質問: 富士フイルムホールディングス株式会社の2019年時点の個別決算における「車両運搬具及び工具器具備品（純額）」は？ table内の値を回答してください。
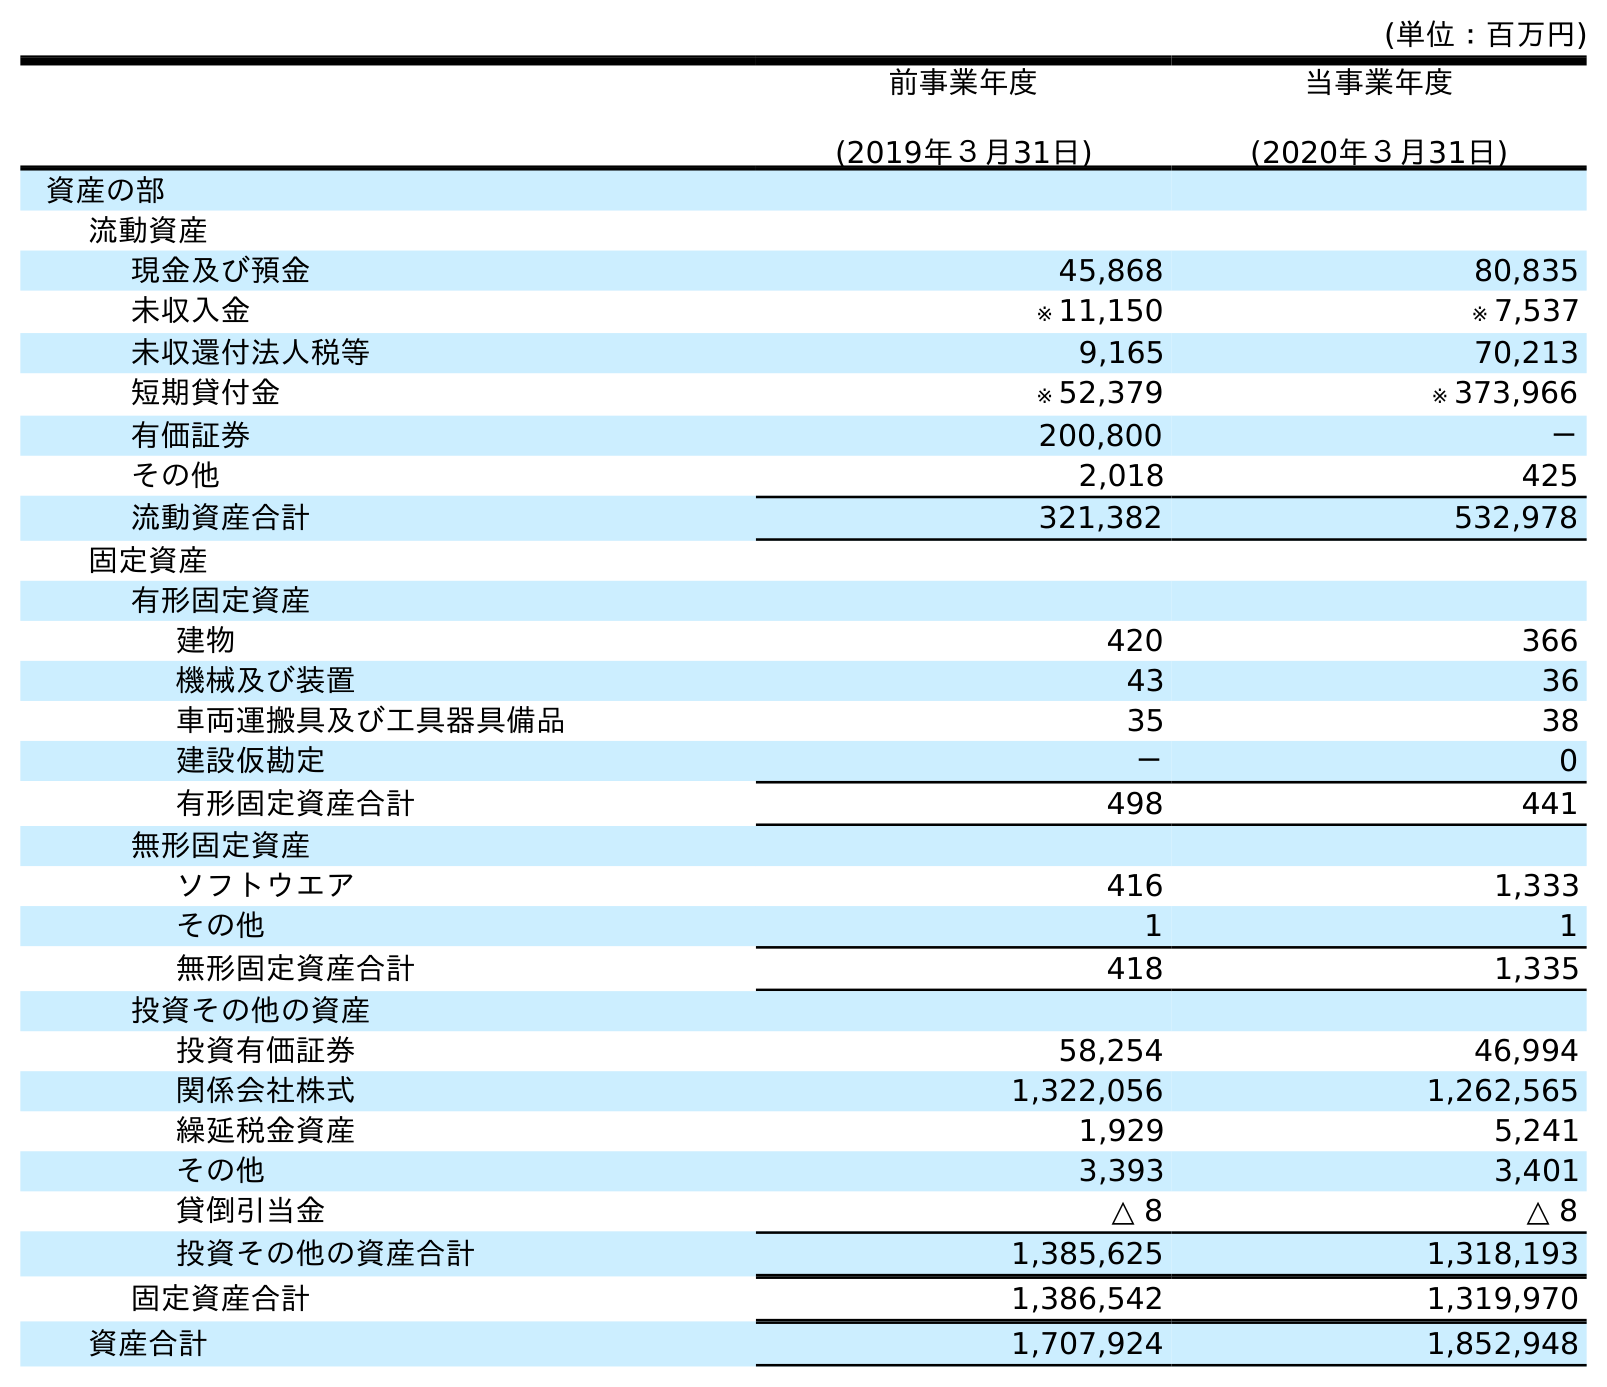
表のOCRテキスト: (単位：百万円) 前事業年度 (2019年３月31日) 当事業年度 (2020年３月31日) 資産の部 流動資産 現金及び預金 45,868 80,835 未収入金 ※ 11,150 ※ 7,537 未収還付法人税等 9,165 70,213 短期貸付金 ※ 52,379 ※ 373,966 有価証券 200,800 － その他 2,018 425 流動資産合計 321,382 532,978 固定資産 有形固定資産 建物 420 366 機械及び装置 43 36 車両運搬具及び工具器具備品 35 38 建設仮勘定 － 0 有形固定資産合計 498 441 無形固定資産 ソフトウエア 416 1,333 その他 1 1 無形固定資産合計 418 1,335 投資その他の資産 投資有価証券 58,254 46,994 関係会社株式 1,322,056 1,262,565 繰延税金資産 1,929 5,241 その他 3,393 3,401 貸倒引当金 △ 8 △ 8 投資その他の資産合計 1,385,625 1,318,193 固定資産合計 1,386,542 1,319,970 資産合計 1,707,924 1,852,948
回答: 35